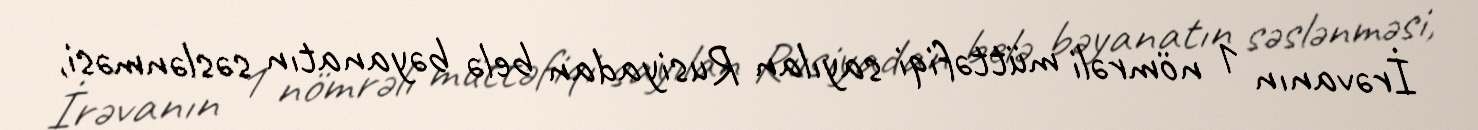
İrəvanın 1 nömrəli müttəfiqi sayılan Rusiyadan belə bəyanatın səslənməsi,